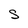
Character: S